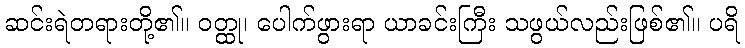
ဆင်းရဲတရားတို့၏။ ဝတ္ထု၊ ပေါက်ဖွားရာ ယာခင်းကြီး သဖွယ်လည်းဖြစ်၏။ ပရိ